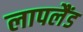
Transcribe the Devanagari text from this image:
लापलैंड